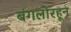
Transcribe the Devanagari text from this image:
बंगलोरहून